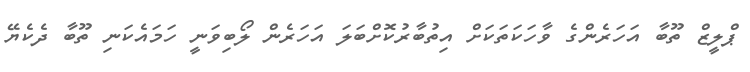
ޕްލީޒް ތޫބާ އަހަރެންގެ ވާހަކަތަކަށް އިތުބާރުކޮށްބަލަ އަހަރެން ލޯބިވަނީ ހަމައެކަނި ތޫބާ ދެކެޔޭ